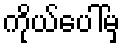
ကိုယ်ပေါ်မှ